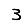
Digit: 3